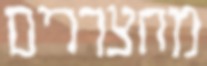
מחצררים